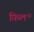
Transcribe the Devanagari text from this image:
फ़िल॰